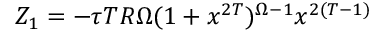
Z _ { 1 } = - \tau T R \Omega ( 1 + x ^ { 2 T } ) ^ { \Omega - 1 } { x ^ { 2 ( T - 1 ) } }